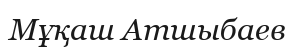
Мұқаш Атшыбаев